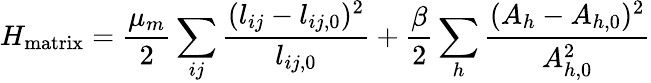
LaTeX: H_{\mathrm{matrix}}=\frac{\mu_{m}}{2}\sum_{ij}\frac{(l_{ij}-l_{ij,0})^{2}}{l_{ij,0}}+\frac{\beta}{2}\sum_{h}\frac{(A_{h}-A_{h,0})^{2}}{A_{h,0}^{2}}